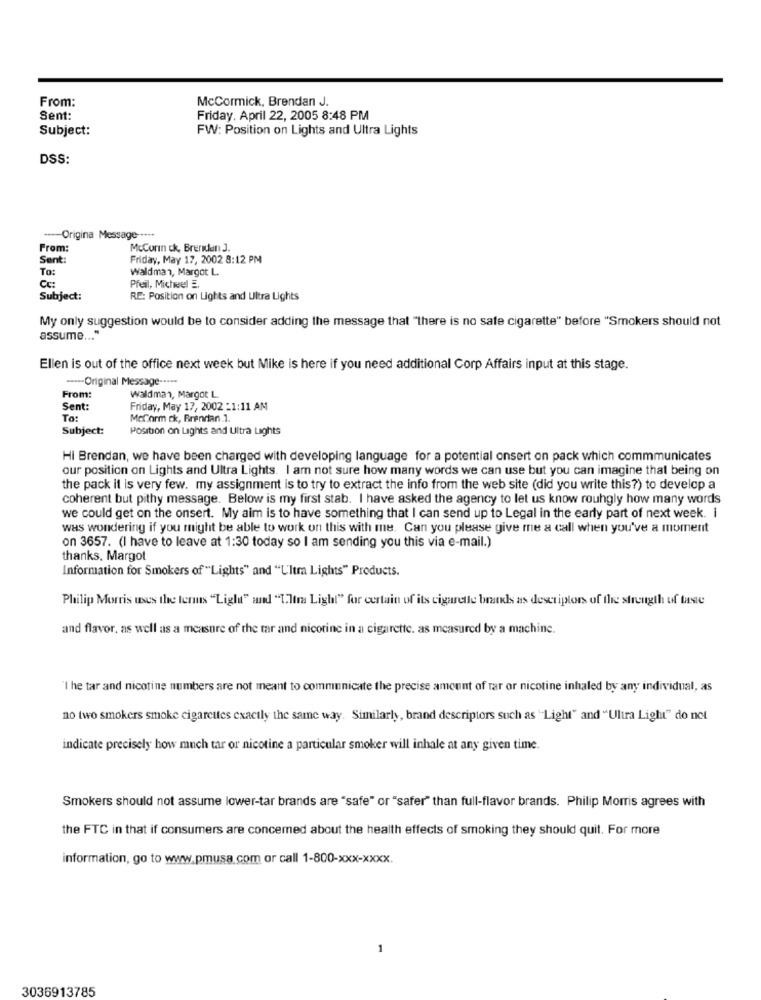
From:
McCormick, Brendan J.
Sent:
Friday. April 22, 2005 8:48 PM
Subject:
FW: Position on Lights and Ultra Lights
DSS:
---- Origina Message ---**
From:
McCorin ck, Brendan 3.
Sent:
Friday, May 17, 2002 8:12 PM
To:
Waldman, Margot L.
Pfeil, Michel E.
Subject:
RE: Position on Lights and Ultra Lights
My only suggestion would be to consider adding the message that "there is no sate cigarette" before "Smokers should not
assume ... "
Ellen is out of the office next week but Mike is here if you need additional Corp Affairs input at this stage.
----- Original Message ---- >
From:
waldman, Margot L.
Sent:
Friday, May 17, 2002 -1:11 AM
To:
McCorm ck, Brendan .1.
Subject:
Position on Lights and Ultra Lights
Hi Brendan, we have been charged with developing language for a potential onsert on pack which commmunicates
our position on Lights and Ultra Lights. I am not sure how many words we can use but you can imagine that being on
the pack it is very few. my assignment is to try to extract the info from the web site (did you write this?) to develop a
coherent but pithy message. Below is my first stab. I have asked the agency to let us know rouhgly how many words
we could get on the onsert. My aim is to have something that I can send up to Legal in the early part of next week. i
was wondering if you might be able to work on this with me. Can you please give me a call when you've a moment
on 3657. (I have to leave at 1:30 today so I am sending you this via e-mail.)
thanks, Margot
Information for Smokers of "Lights" and "Ultra Lights" Products.
Philip Morris uses the terms "Light" and "Ultra Light" for certain of its cigarette brands as descriptors of the strength of taste
and flavor, as well as a measure of the tar and nicotine in a cigarette. as measured by a machine.
"I he tar and nicotine numbers are not meant to communicate the precise amount of tar or nicotine inhaled by any individual, as
no two smokers smoke cigarettes exactly the same way. Similarly, brand descriptors such as "Light" and "Ultra Light" do not
indicate precisely how much tar or nicotine a particular smoker will inhale at any given time.
Smokers should not assume lower-tar brands are "safe" or "safer" than full-flavor brands. Philip Morris agrees with
the FTC in that if consumers are concerned about the health effects of smoking they should quit. For more
information, go to www.pmusa.com or call 1-800-xxx-xxxx.
3036913785